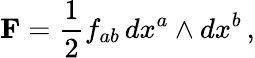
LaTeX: {\textbf{F}}={\frac{1}{2}}f_{ab}\, dx^{a}\wedge dx^{b}\, ,